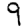
Digit: 9